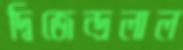
দ্বিজেন্দ্রলাল